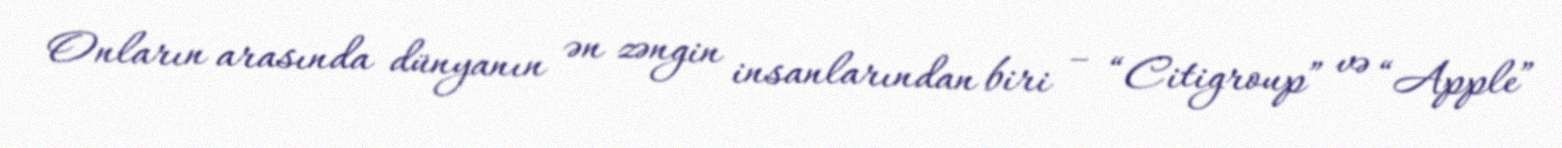
Onların arasında dünyanın ən zəngin insanlarından biri – “Citigroup” və “Apple”